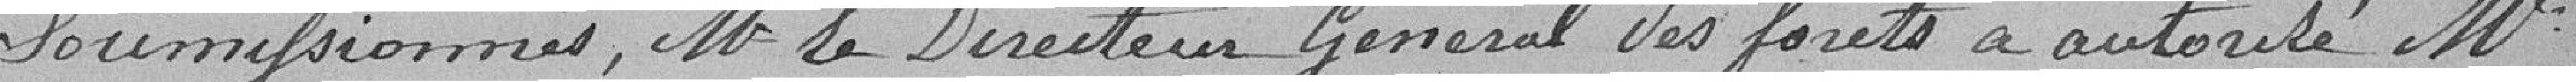
soumissionnés, Monsieur le Directeur Général des forêts a autorisé Monsieur